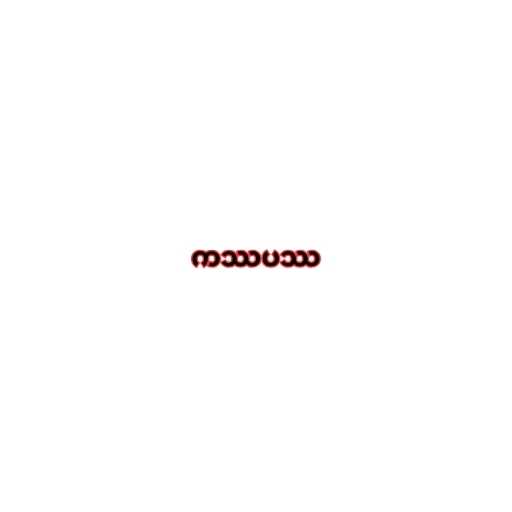
ကဿပဿ